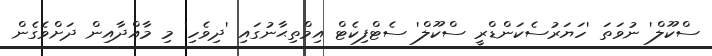
ސްކޫލް' ނުވަތަ 'ހަޔަރުސެކަންޑްރީ ސްކޫލް' ސެޓްފިކެޓް އިމްތިޙާނުގައި 'ދިވެހި' މި މާއްދާއިން ދަށްވެގެން